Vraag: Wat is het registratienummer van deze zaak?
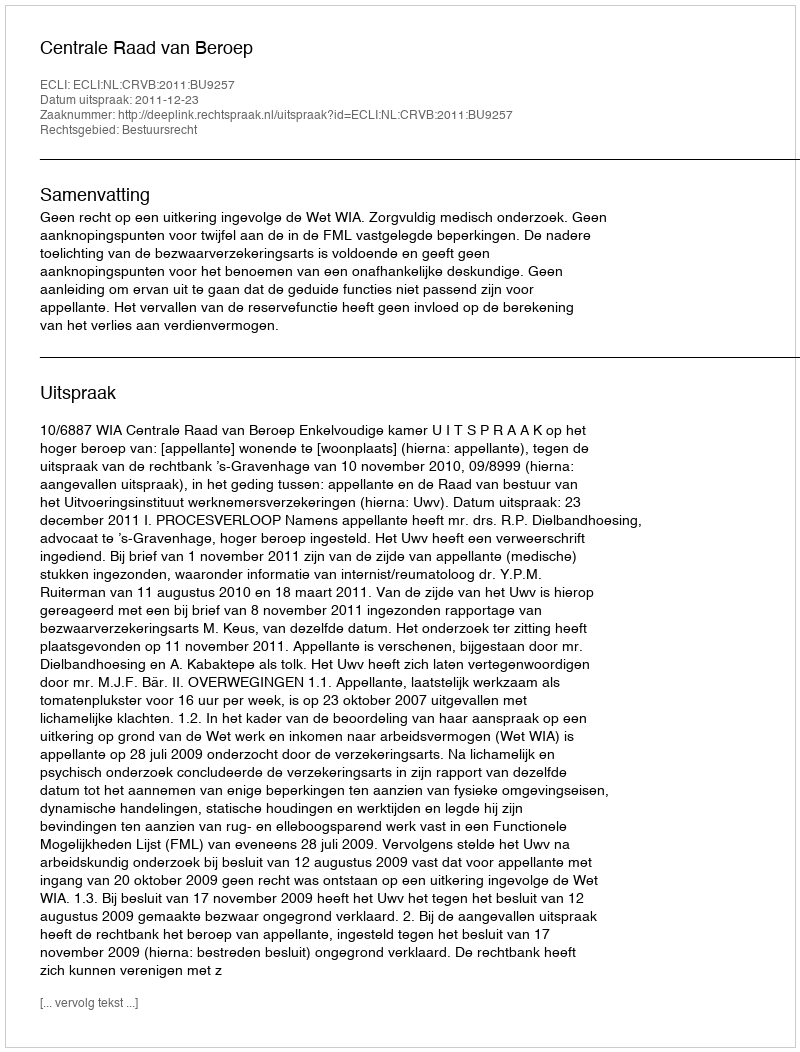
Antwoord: http://deeplink.rechtspraak.nl/uitspraak?id=ECLI:NL:CRVB:2011:BU9257